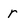
Character: r